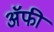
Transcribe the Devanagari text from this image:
अॅफी